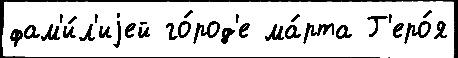
фам'и́л'иjей го́род'е ма́рта Г'еро́я